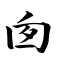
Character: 囱